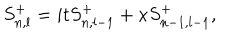
S _ { n , l } ^ { + } = i t S _ { n , l - 1 } ^ { + } + x S _ { n - 1 , l - 1 } ^ { + } ,